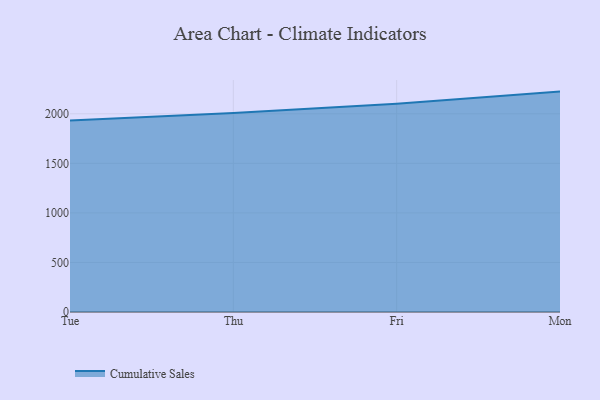
{"axis": {"x": "Day", "y": "Active Users"}, "legend": ["Cumulative Sales"], "data": [{"x": "Tue", "y": 1931.6, "type": "Cumulative Sales"}, {"x": "Thu", "y": 2008.7, "type": "Cumulative Sales"}, {"x": "Fri", "y": 2101.6, "type": "Cumulative Sales"}, {"x": "Mon", "y": 2223.9, "type": "Cumulative Sales"}]}